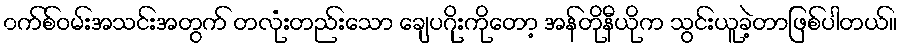
၀က်စ်ဝမ်းအသင်းအတွက် တလုံးတည်းသော ချေပဂိုးကိုတော့ အန်တိုနီယိုက သွင်းယူခဲ့တာဖြစ်ပါတယ်။